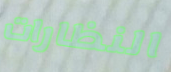
النظارات